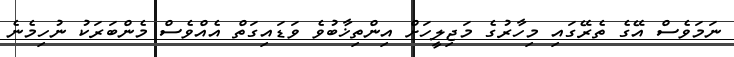
ނަމަވެސް އޭގެ ތެރޭގައި މިހާރުގެ މަޖިލީހަށް އިންތިޚާބުވެ ވަޑައިގަތް އެއްވެސް މެންބަރަކު ނުހިމެނެ